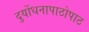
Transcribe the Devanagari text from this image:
दुर्योधनापाठोपाठ